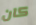
كان